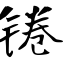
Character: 锩